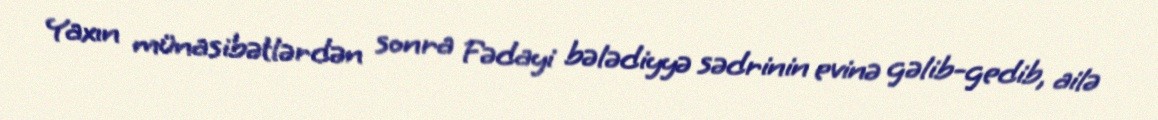
Yaxın münasibətlərdən sonra Fədayi bələdiyyə sədrinin evinə gəlib-gedib, ailə